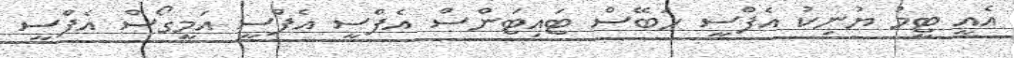
އެއީ ޓީމު ޔުނިކު އެފްސީ ހަބޭސް ޓައިޓަންސް އެފްސީ އެފްސީ އަމީގޯސް އެފްސީ